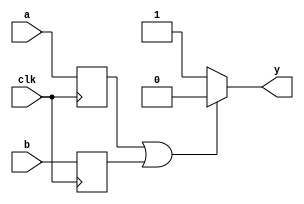
module nor_gate_delay (
    input wire a,
    input wire b,
    output reg y,
    input wire clk
);

reg sync_reg_a, sync_reg_b;

always @(posedge clk)
begin
    sync_reg_a <= a;
    sync_reg_b <= b;
end

always @*
begin
    if (sync_reg_a || sync_reg_b)
        y <= 0;
    else
        y <= 1;
end

endmodule